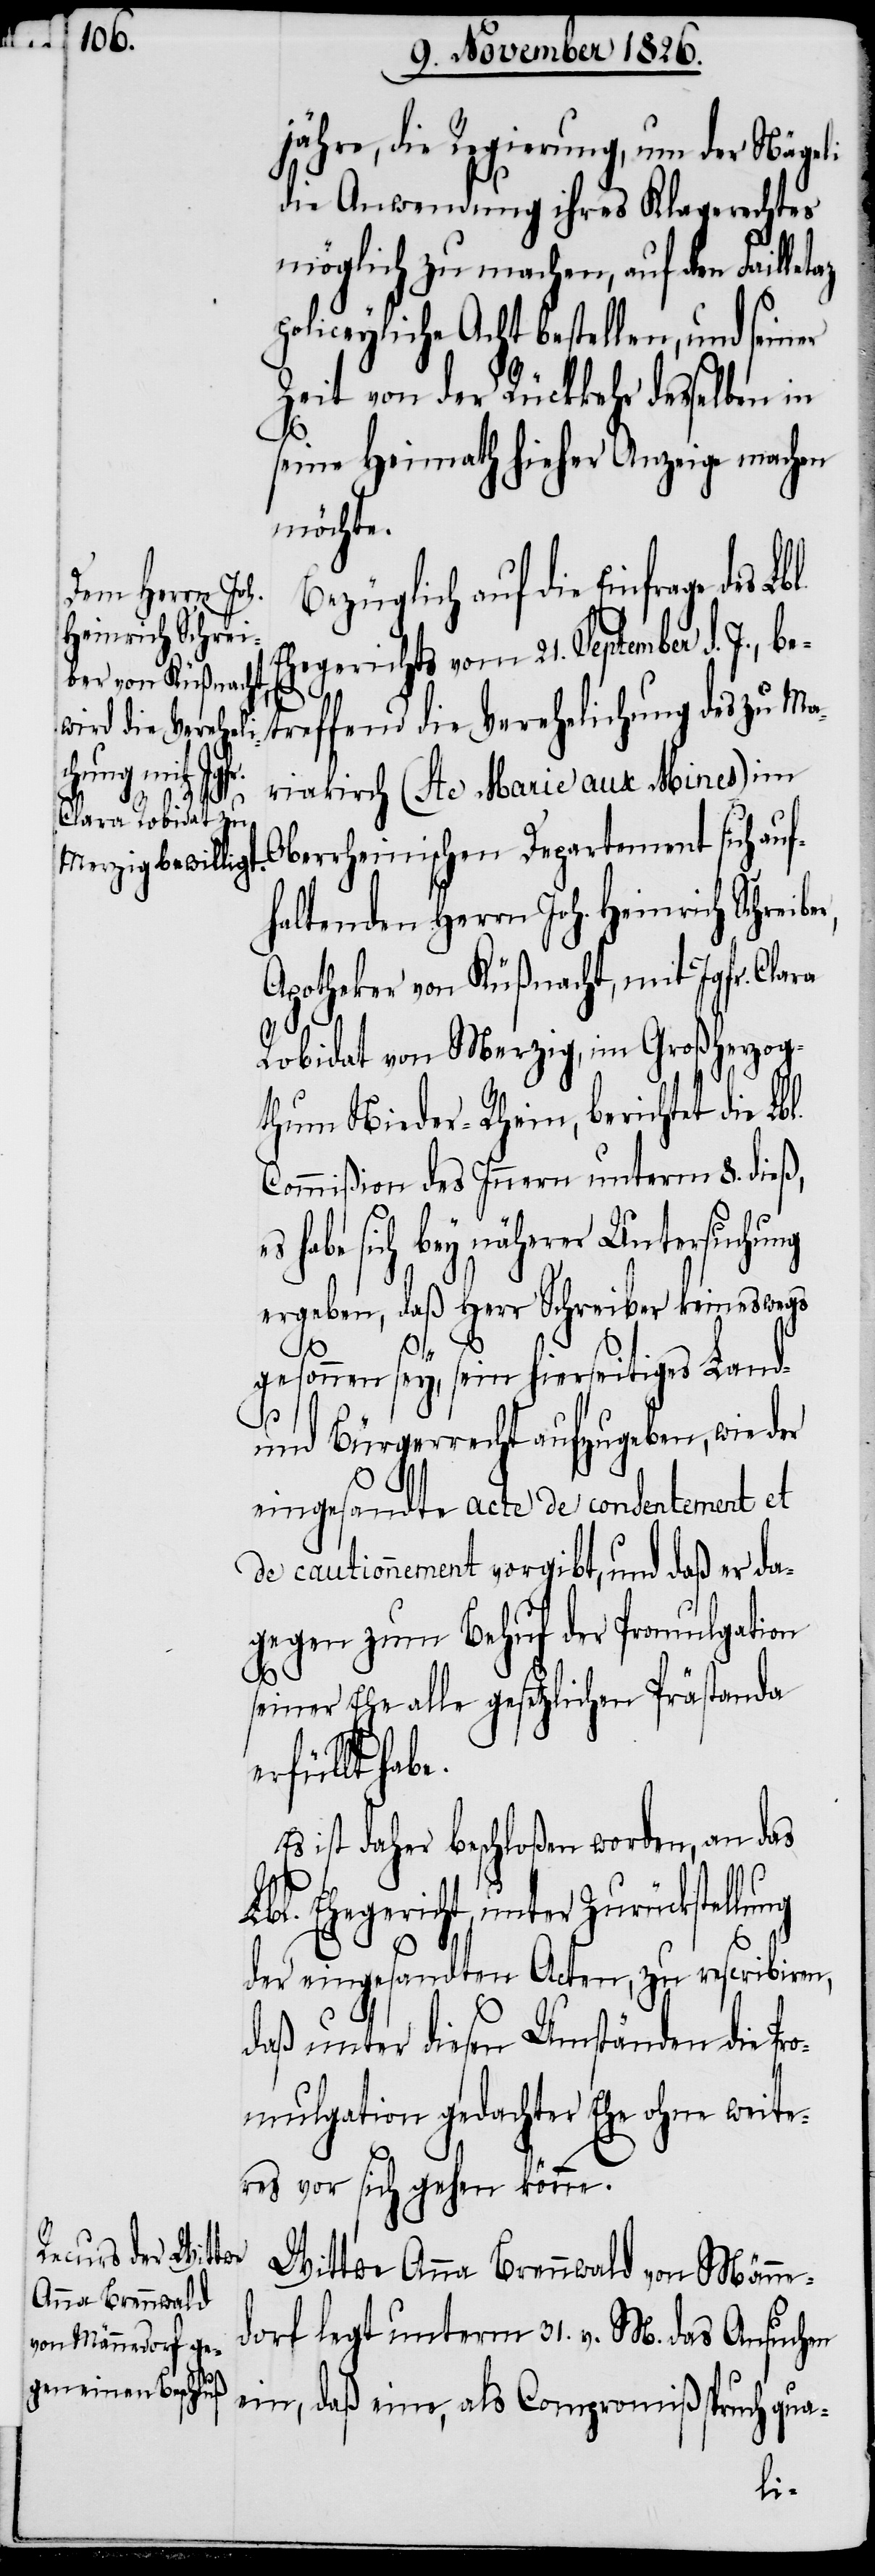
ng

jähre, die Regierung, um der Nägeli
die Anwendung ihres Klagerechtes
möglich zu machen, auf den Faille¬
policeyliche Acht bestellen und seiner
Zeit von der Rückkehr desselben in
seine Heimath hieher Anzeige machen
möchte.
Bezüglich auf die Einfrage des
Ehegerichts vom 21. September d. J., b¬
treffend die Verehelichung des zu Ma¬
riakirch (Ste Marie aux Mines) im
Oberrheinischen Departement sich auf¬
haltenden Herrn Joh. Heinrich Schreib¬
Apotheker von Küßnacht, mit Jgfr. Clara
Robidat von Merzig, im Großherzog¬
thum Nieder-Rhein, berichtet die Lb¬
Commißion des Innern unterm 8. dieß,
habe sich bey näherer Untersuchung
ergeben, daß Herr Schreiber keineswegs
l.
gesonnen sey, sein hierseitiges Land-
und Bürgerrecht aufzugeben, wie der
eingesandte acte de consentement et
de cautionnement vorgibt, und daß er da¬
gegen zum Behuf der Promulgation
seiner Ehe alle gesetzlichen Prästanda
rfüllt habe.
ist daher beschloßen worden, an das
Lbl. Ehegericht, unter Zurückstellu¬
der eingesandten Acten, zu rescribiren,
daß unter diesen Umständen die Pr¬
omulgation gedachter Ehe ohne weite¬
res vor sich gehen könne.
Wittwe Anna Brennwald von Männe¬
dorf legt unterm 31. v. M. das Ansuchen
ein, daß eine, als Compromißspruch qua-